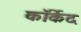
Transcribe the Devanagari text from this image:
कॉर्केद